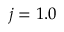
j = 1 . 0